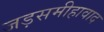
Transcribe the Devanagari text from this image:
जड़समीहावाद